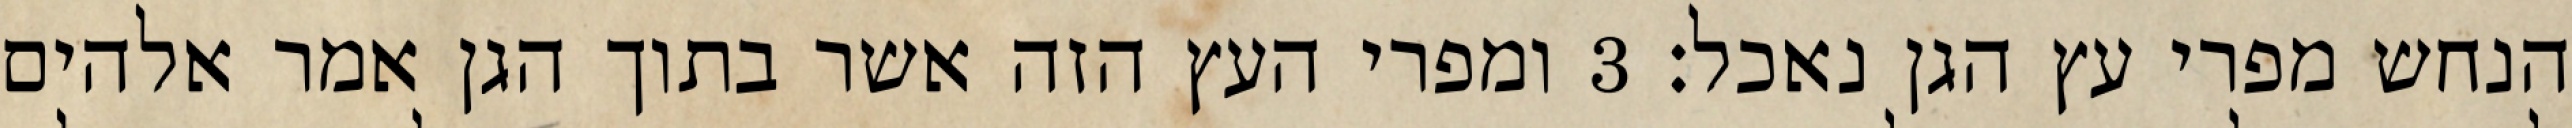
הנחש מפרי עץ הגן נאכל׃ ‎3‏ ומפרי העץ הזה אשר בתוך הגן אמר אלהים